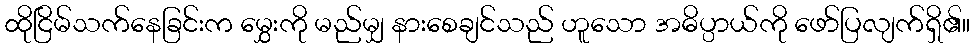
ထိုငြိမ်သက်နေခြင်းက မွှေးကို မည်မျှ နားစေချင်သည် ဟူသော အဓိပ္ပာယ်ကို ဖော်ပြလျက်ရှိ၏။